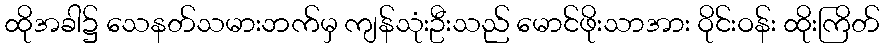
ထိုအခါ၌ သေနတ်သမားဘက်မှ ကျန်သုံးဦးသည် မောင်ဖိုးသာအား ဝိုင်းဝန်း ထိုးကြိတ်